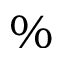
\%